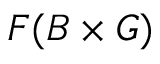
F ( B \times G )